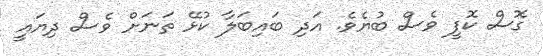
ގޮސް ކޮފީ ވެސް ބުޔެވެ. އަދި ބައިބަލާ ކުޅޭ ތަނަށް ވެސް ދިޔައީ